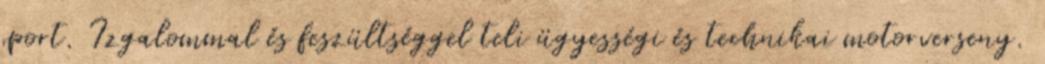
sport. Izgalommal és feszültséggel teli ügyességi és technikai motorverseny.